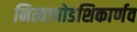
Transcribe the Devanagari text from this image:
नित्याषोडशिकार्णव